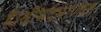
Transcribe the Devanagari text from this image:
है।श्रीमदभागवत